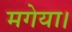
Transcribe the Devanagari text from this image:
मगेया।